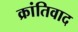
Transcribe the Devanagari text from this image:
क्रांतिवाद